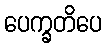
ပေက္ခတိပေ